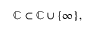
\mathbb { C } \subset \mathbb { C } \cup \{ \infty \} ,